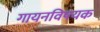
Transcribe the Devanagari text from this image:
गायनविषयक